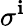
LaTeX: \sigma^{\mathbf{i}}